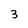
Character: 3